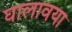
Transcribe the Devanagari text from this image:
घालावया